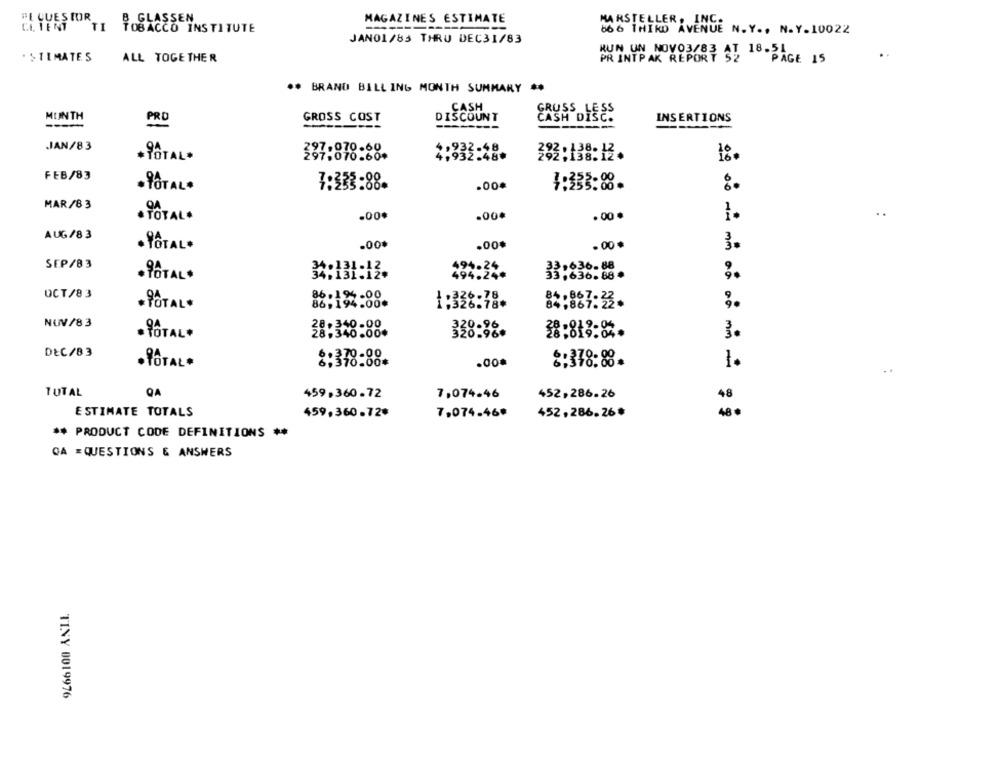
BE GUES IOR
B GLASSEN
MAGAZINES ESTIMATE
MARSTELLER, INC.
CLIENT
TOBACCO INSTITUTE
866 THIRD AVENUE N.Y ., N.Y.10022
JANO1/83 THRU DEC31/83
KUN UN NOVO3/83 AT 18.51
. SIL MATES
ALL TOGETHER
"PAGE 15
BRAND BILL ING MONTH SUMMARY
CASH
MONTH
GROSS COST
DISCOUNT
RYSSDIEES
INSERTIONS
PRO
JAN/83
070-68
TOTAL*
292:138:12.
18.
FEB/83
· TOTAL*
7:333:88.
.00*
4:333:88.
MAR/8 3
.00.
1.
..
. TOTAL *
.00.
.00 .
AUG/83
.00*
.00.
. 00 *
· TOTAL*
3.
SEP/83
494.24
34:131:12.
494.24*
33.636-88
,636.88.
· TOTAL*
OCT/83
.00
26-78.
. TOTAL*
86,194.00*
81 .867-2
NUV/83
· TOTAL.
338:38.
3.
DEC/83
TOTAL *
8:378:88.
.00.
8:378:88.
-
..
TUTAL
QA
459,360.72
7,074.46
452,286.26
48
ESTIMATE TOTALS
459,360.72*
7,074.46#
452, 286. 26 *
48
** PRODUCT CODE DEFINITIONS **
QA =QUESTIONS & ANSWERS
TINY 0019976